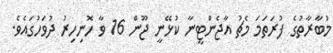
މުބާރާތުގެ ފުރަތަމަ މެޗު އާޖެންޓީނާ ކުޅޭނީ ޖޫން 16 ވާ ހޮނިހިރު ދުވަހުގައެވެ.